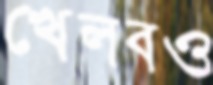
খেলবও